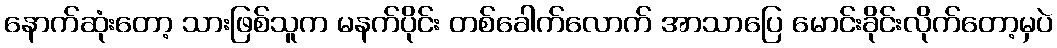
နောက်ဆုံးတော့ သားဖြစ်သူက မနက်ပိုင်း တစ်ခေါက်လောက် အာသာပြေ မောင်းခိုင်းလိုက်တော့မှပဲ